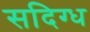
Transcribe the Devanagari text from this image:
सदिग्ध